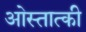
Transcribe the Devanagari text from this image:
ओस्तात्की